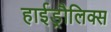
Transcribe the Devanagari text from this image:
हाईड्रौलिक्स